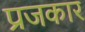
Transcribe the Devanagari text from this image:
प्रजकार